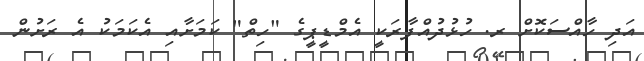
އަދި ހާއްސަކޮށް ރ. ހުޅުދުއްފާރަކީ އެމްޑީޕީގެ "ހިތް" ކަމަށާއި އެކަމަކު އެ ރަށުން